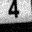
Digit: 4